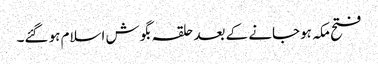
فتح مکہ ہوجانے کے بعد حلقہ بگوش اسلام ہو گئے۔